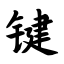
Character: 键